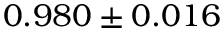
0 . 9 8 0 \pm 0 . 0 1 6